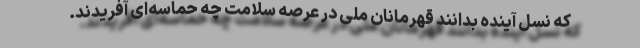
که نسل آینده بدانند قهرمانان ملی در عرصه سلامت چه حماسه‌ای آفریدند.